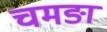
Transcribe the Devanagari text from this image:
चमङा